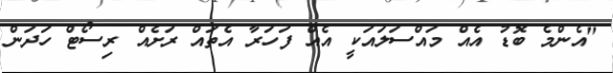
"އެންމެ ބޮޑު އެއް މައްސަލައަކީ އެއް ފަހަރާ އެތައް ރަށެއް ރިސޯޓް ހަދަން